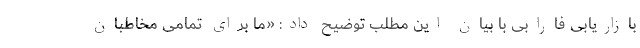
بازاریابی فارابی با بیان این مطلب توضیح داد: «ما برای تمامی مخاطبان